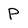
Character: P